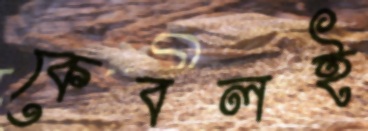
কেবলই